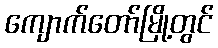
ကျောက်တော်မြို့တွင်